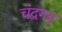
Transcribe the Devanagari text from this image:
चंद्रगढ़